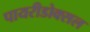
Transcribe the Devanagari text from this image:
पायरीडोक्सल